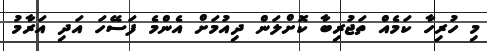
މި ހުރިހާ ކަމެއް ތަޖުރިބާ ކޮށްލަން ދިއުމަށް އެންމެ ފަސޭހަ އަދި އަރާމު